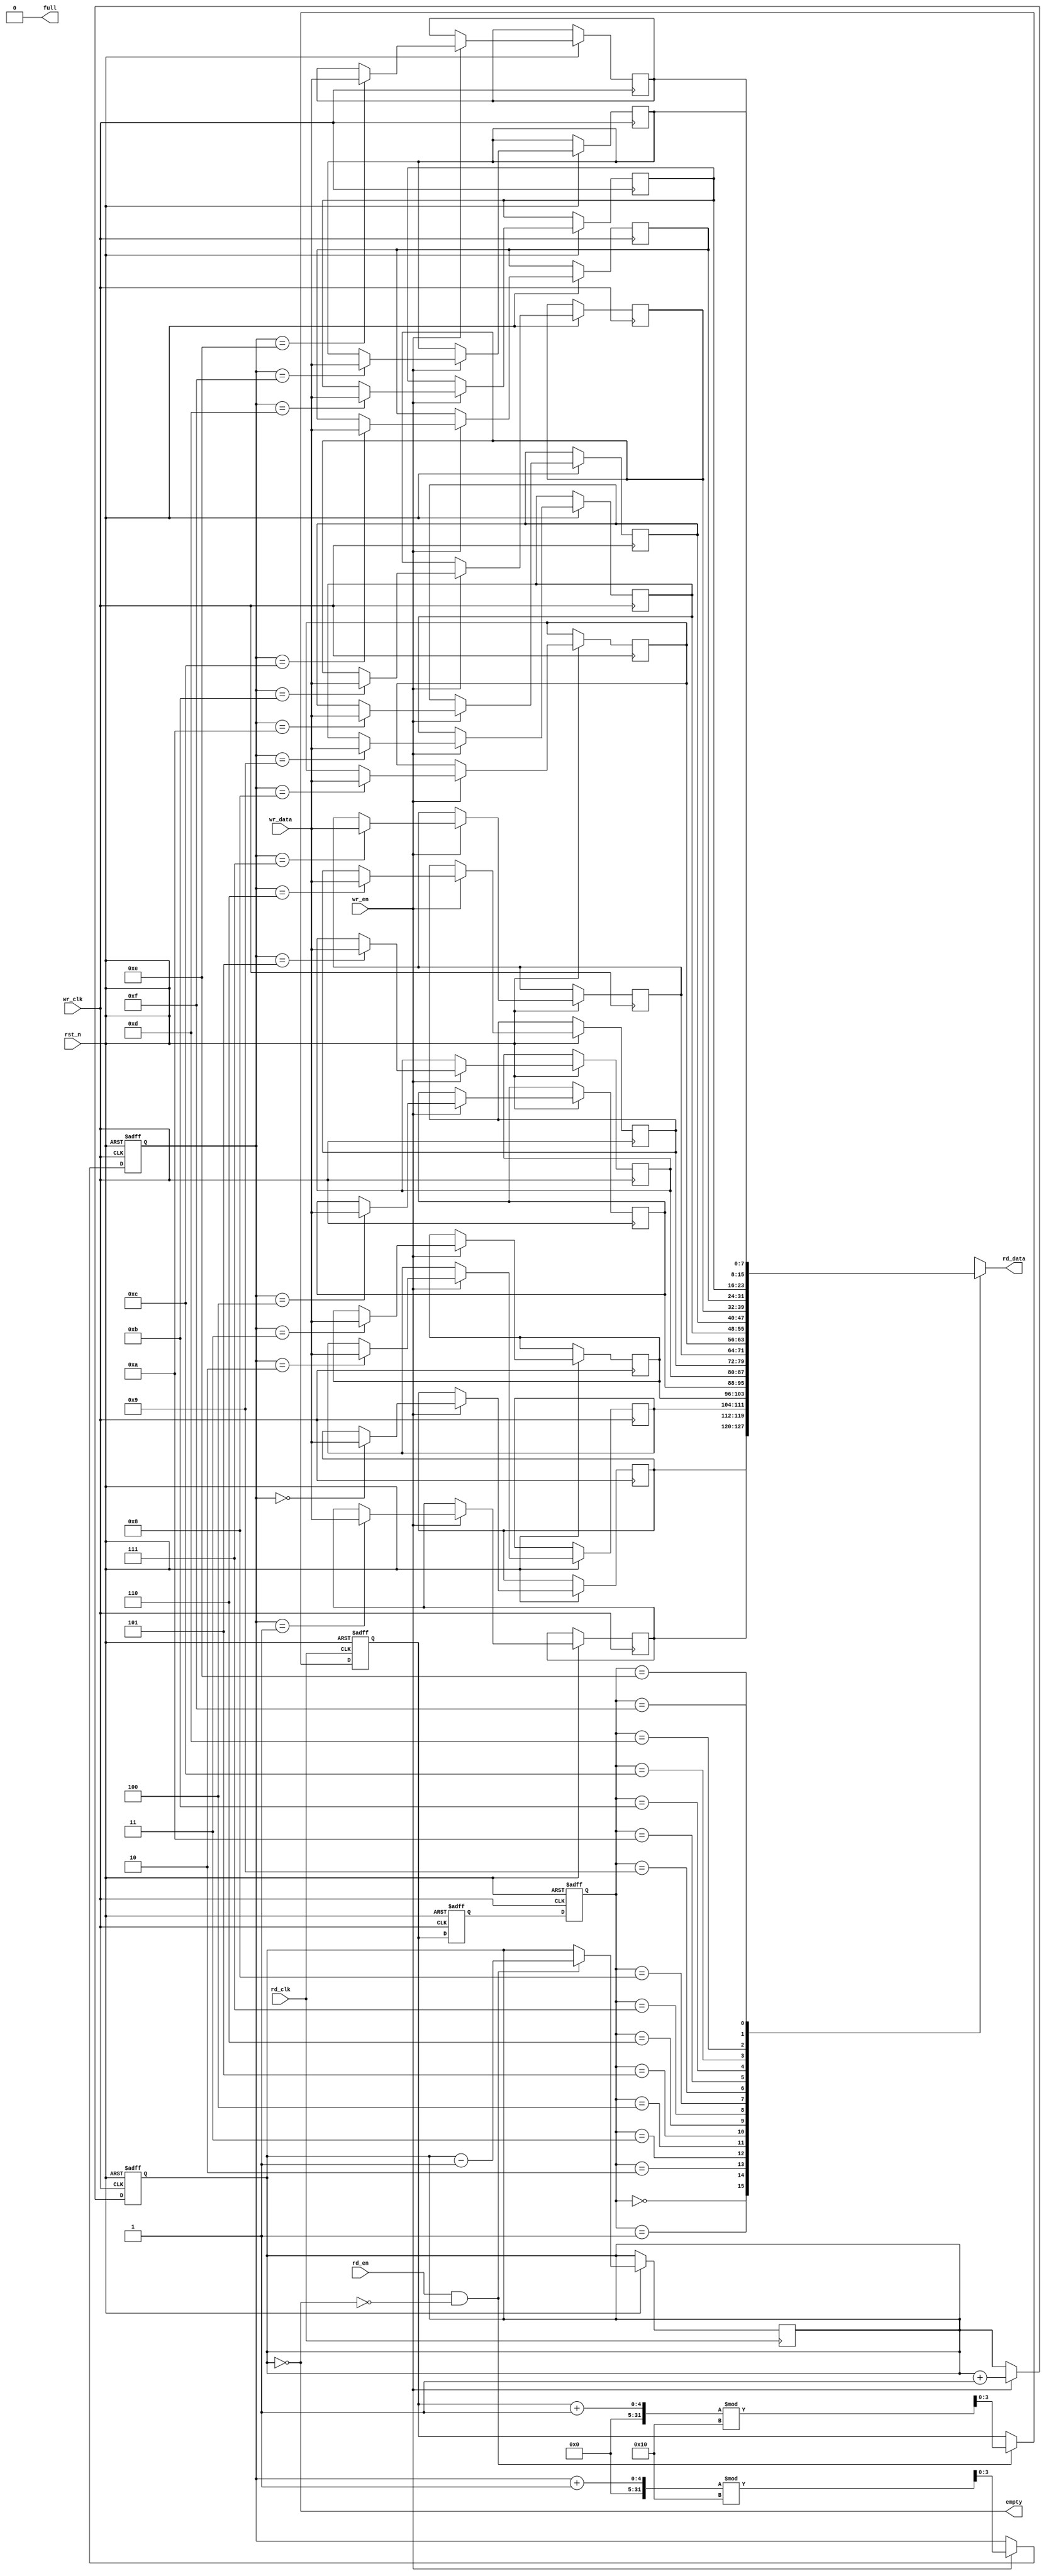
module fifo_sync #(
    parameter DATA_WIDTH = 8,
    parameter FIFO_DEPTH = 16
)(
    input wire wr_clk,          // Write clock (source clock domain)
    input wire rd_clk,          // Read clock (destination clock domain)
    input wire rst_n,           // Asynchronous reset (active low)
    input wire wr_en,           // Write enable
    input wire [DATA_WIDTH-1:0] wr_data, // Data input
    output wire full,           // FIFO full flag
    input wire rd_en,           // Read enable
    output wire [DATA_WIDTH-1:0] rd_data, // Data output
    output wire empty           // FIFO empty flag
);

    // FIFO memory
    reg [DATA_WIDTH-1:0] fifo_mem[FIFO_DEPTH-1:0];
    reg [3:0] wr_ptr;          // Write pointer
    reg [3:0] rd_ptr;          // Read pointer
    reg [3:0] count;           // Number of elements in FIFO

    // Synchronization registers for write pointer
    reg [3:0] wr_ptr_sync_0;
    reg [3:0] wr_ptr_sync_1;

    // Synchronization registers for read pointer
    reg [3:0] rd_ptr_sync_0;
    reg [3:0] rd_ptr_sync_1;

    // Asynchronous reset logic
    always @(posedge wr_clk or negedge rst_n) begin
        if (!rst_n) begin
            wr_ptr <= 0;
            count <= 0;
        end else if (wr_en && !full) begin
            fifo_mem[wr_ptr] <= wr_data;
            wr_ptr <= (wr_ptr + 1) % FIFO_DEPTH;
            count <= count + 1;
        end
    end

    // Full flag logic
    assign full = (count == FIFO_DEPTH);

    // Read pointer logic
    always @(posedge rd_clk or negedge rst_n) begin
        if (!rst_n) begin
            rd_ptr <= 0;
        end else if (rd_en && !empty) begin
            rd_ptr <= (rd_ptr + 1) % FIFO_DEPTH;
            count <= count - 1;
        end
    end

    // Empty flag logic
    assign empty = (count == 0);

    // Synchronize write pointer to read clock domain
    always @(posedge rd_clk or negedge rst_n) begin
        if (!rst_n) begin
            wr_ptr_sync_0 <= 0;
            wr_ptr_sync_1 <= 0;
        end else begin
            wr_ptr_sync_0 <= wr_ptr;
            wr_ptr_sync_1 <= wr_ptr_sync_0;
        end
    end

    // Synchronize read pointer to write clock domain
    always @(posedge wr_clk or negedge rst_n) begin
        if (!rst_n) begin
            rd_ptr_sync_0 <= 0;
            rd_ptr_sync_1 <= 0;
        end else begin
            rd_ptr_sync_0 <= rd_ptr;
            rd_ptr_sync_1 <= rd_ptr_sync_0;
        end
    end

    // Assign output data
    assign rd_data = fifo_mem[rd_ptr_sync_1];

endmodule